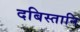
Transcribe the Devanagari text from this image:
दबिस्तानि